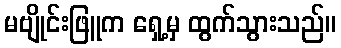
မဗျိုင်းဖြူက ရှေ့မှ ထွက်သွားသည်။